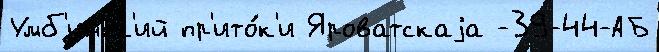
Умб'инск'ий пр'ито́к'и Яроватскаjа -39-44-АБ